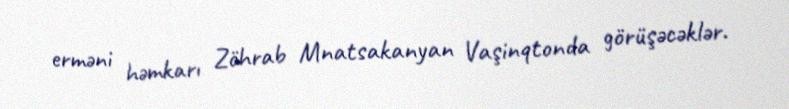
erməni həmkarı Zöhrab Mnatsakanyan Vaşinqtonda görüşəcəklər.